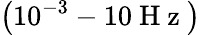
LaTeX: \left(10^{-3}-10\mathrm{~H~z~}\right)